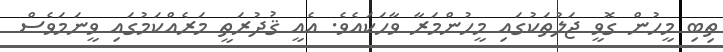
ތިބި މީހުން ގޮވީ ޖަލުތަކުގައި މީހުންމަރާ ވާހަކައެވެ. އެއީ ޤުދުރަތީ މަރެއްކަމުގައި ވީނަމަވެސް